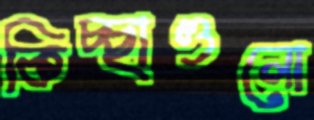
কিচ্ছাগুলো